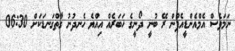
ނަމަވެސް އެމްއެންޑީއެފުން ރޭ ބުނީ ދޯނީގެ ހަބަރެއް އިއްޔެ ހެނދުނު ގާތްގަނޑަކަށް 06:30